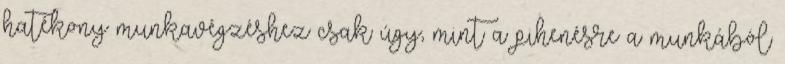
hatékony munkavégzéshez csak úgy, mint a pihenésre a munkából